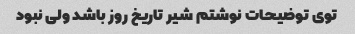
توی توضیحات نوشتم شیر تاریخ روز باشد ولی نبود